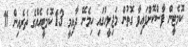
ކޮމެޓީން ފާސްކޮށްފައިވާ ގޮތުން މަޖިލީހުގައި ހިމެނޭ ދާއިމީ 13 ކޮމެޓީއެއްގެ ތެރެއިން 11